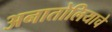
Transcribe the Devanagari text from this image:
अनातोलियाचे